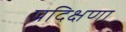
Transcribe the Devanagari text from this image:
प्रदिक्षणा